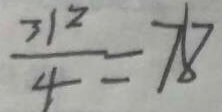
\frac { 3 1 2 } { 4 } = 7 8